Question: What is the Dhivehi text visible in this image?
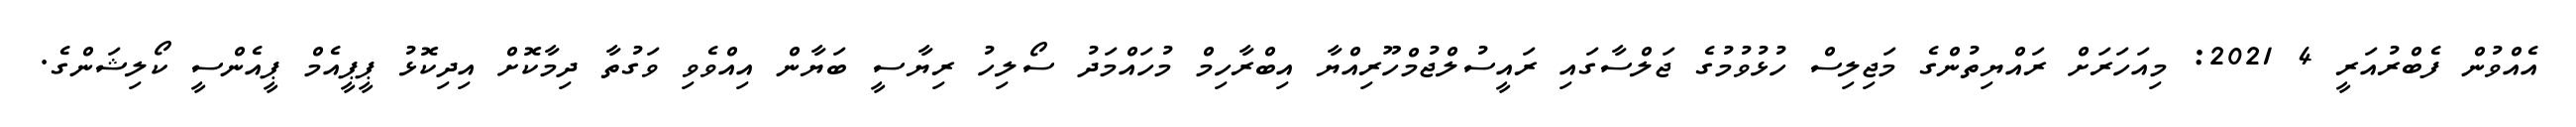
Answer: އެއްވުން ފެބްރުއަރީ 4 2021: މިއަހަރަށް ރައްޔިތުންގެ މަޖިލިސް ހުޅުވުމުގެ ޖަލްސާގައި ރައީސުލްޖުމްހޫރިއްޔާ އިބްރާހިމް މުހައްމަދު ސޯލިހު ރިޔާސީ ބަޔާން އިއްވެވި ވަގުތާ ދިމާކޮށް އިދިކޮޅު ޕީޕީއެމް ޕީއެންސީ ކޯލިޝަންގެ.